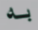
به